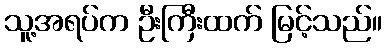
သူ့အရပ်က ဦးကြီးထက် မြင့်သည်။